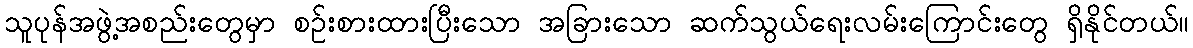
သူပုန်အဖွဲ့အစည်းတွေမှာ စဉ်းစားထားပြီးသော အခြားသော ဆက်သွယ်ရေးလမ်းကြောင်းတွေ ရှိနိုင်တယ်။